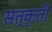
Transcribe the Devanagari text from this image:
सत्कृती